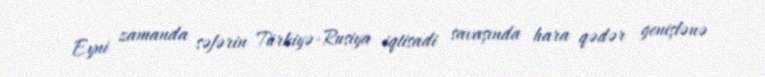
Eyni zamanda səfərin Türkiyə-Rusiya iqtisadi savaşında hara qədər genişlənə